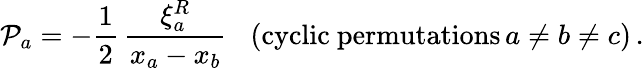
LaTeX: {\cal P}_{a}=-\frac{1}{2}\, \frac{\xi_{a}^{R}}{x_{a}-x_{b}}\, \, \, \, \, (\mathrm{cyclic~permutations}\, a\not=b\not=c)\, .